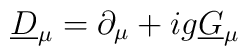
\underline{D}_{\mu} = \partial_{\mu} + ig \underline{G}_{\mu}